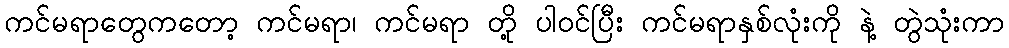
ကင်မရာတွေကတော့ ကင်မရာ၊ ကင်မရာ တို့ ပါ၀င်ပြီး ကင်မရာနှစ်လုံးကို နဲ့ တွဲသုံးကာ